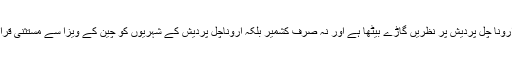
چین، لداخ اور ارونا چل پردیش پر نظریں گاڑے بیٹھا ہے اور نہ صرف کشمیر بلکہ اروناچل پردیش کے شہریوں کو چین کے ویزا سے مستثنیٰ قرار دے چکا ہے۔